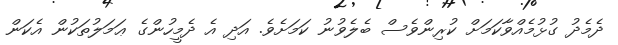
ދެމެދު ގުޅުމެއްވާކަމަށް ކުރިންވެސް ބެލެވުނު ކަމަށެވެ. އަދި އެ ދެމީހުންގެ ޢަމަލުތަކުން އެކަން